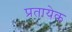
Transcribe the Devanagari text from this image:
प्रतायेक